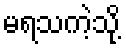
မရသကဲ့သို့